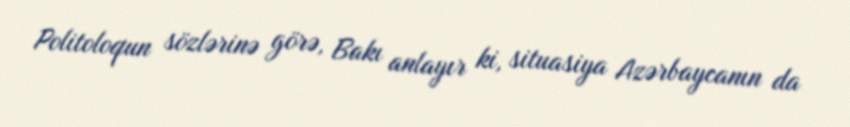
Politoloqun sözlərinə görə, Bakı anlayır ki, situasiya Azərbaycanın da